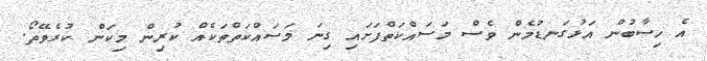
އެ ހިސާބުން އަޅުގަނޑުމެން ވެސް މަސައްކަތްފަށައި ގިނަ މަސައްކަތްތަކެއް ކުރިން މިކަން ކުރެވޭތޯ.